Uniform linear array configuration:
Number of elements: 16
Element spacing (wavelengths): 0.25
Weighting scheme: blackman
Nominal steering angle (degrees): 60
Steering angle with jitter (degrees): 58.342
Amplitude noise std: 0.05
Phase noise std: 0.05

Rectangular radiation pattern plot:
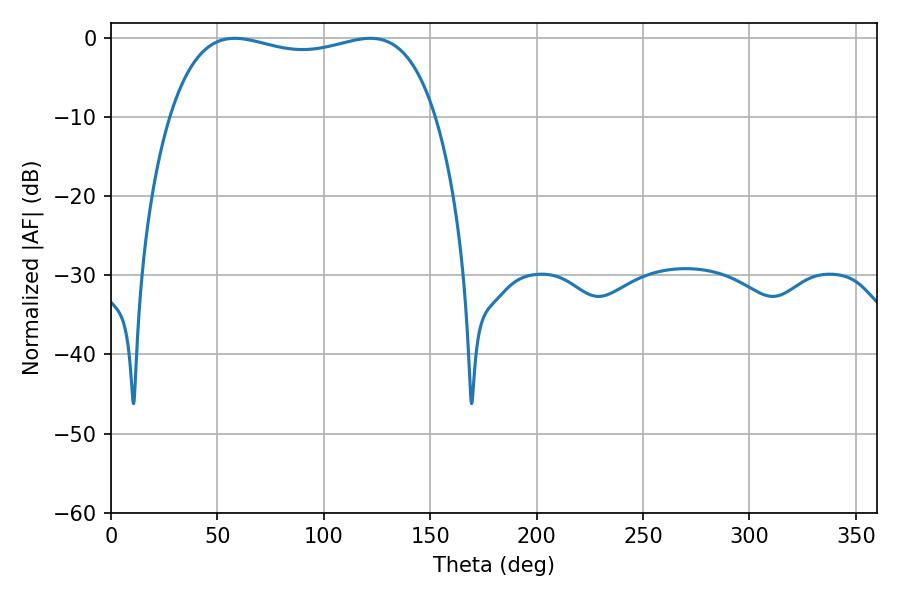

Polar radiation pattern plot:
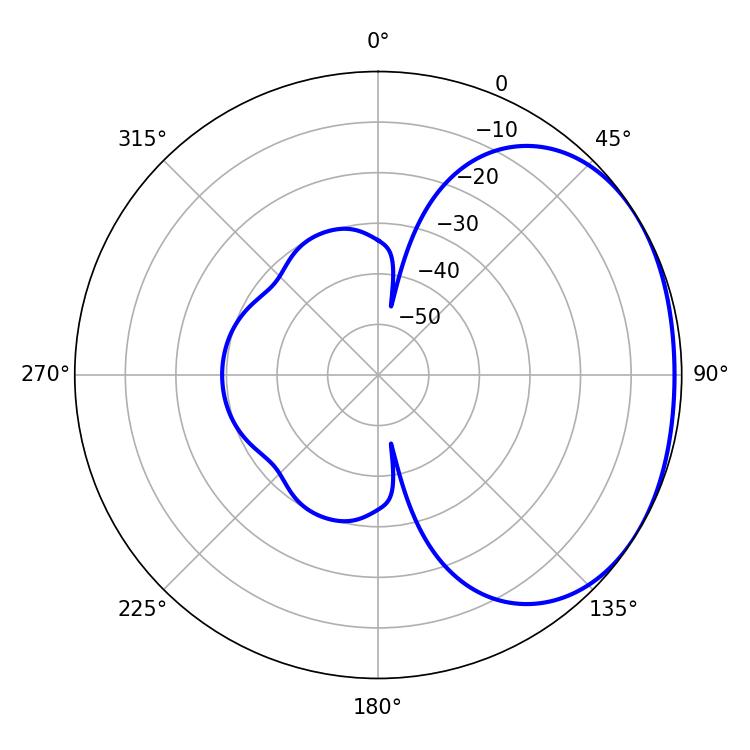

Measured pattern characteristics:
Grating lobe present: FALSE
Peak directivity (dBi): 1.633
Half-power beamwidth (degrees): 101.52
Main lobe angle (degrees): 58.14